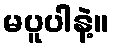
မပူပါနဲ့။